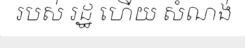
របស់ រដ្ឋ ហើយ សំណង់